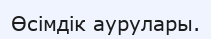
Өсімдік аурулары.